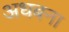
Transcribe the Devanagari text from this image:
अधबना